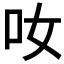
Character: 𠯆